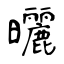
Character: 曬